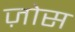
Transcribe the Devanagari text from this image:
ज़ोस